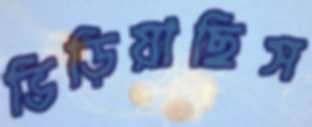
ভিড়িয়াছিস